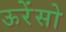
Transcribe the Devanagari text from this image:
ऊरेंसो